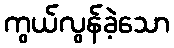
ကွယ်လွန်ခဲ့သော